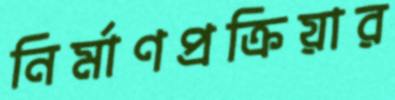
নির্মাণপ্রক্রিয়ার